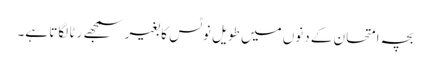
بچہ امتحان کے دنوں میں طویل نوٹس کا بغیر سمجھے رٹا لگاتا ہے۔